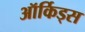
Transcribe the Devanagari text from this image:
ऑर्किड्स